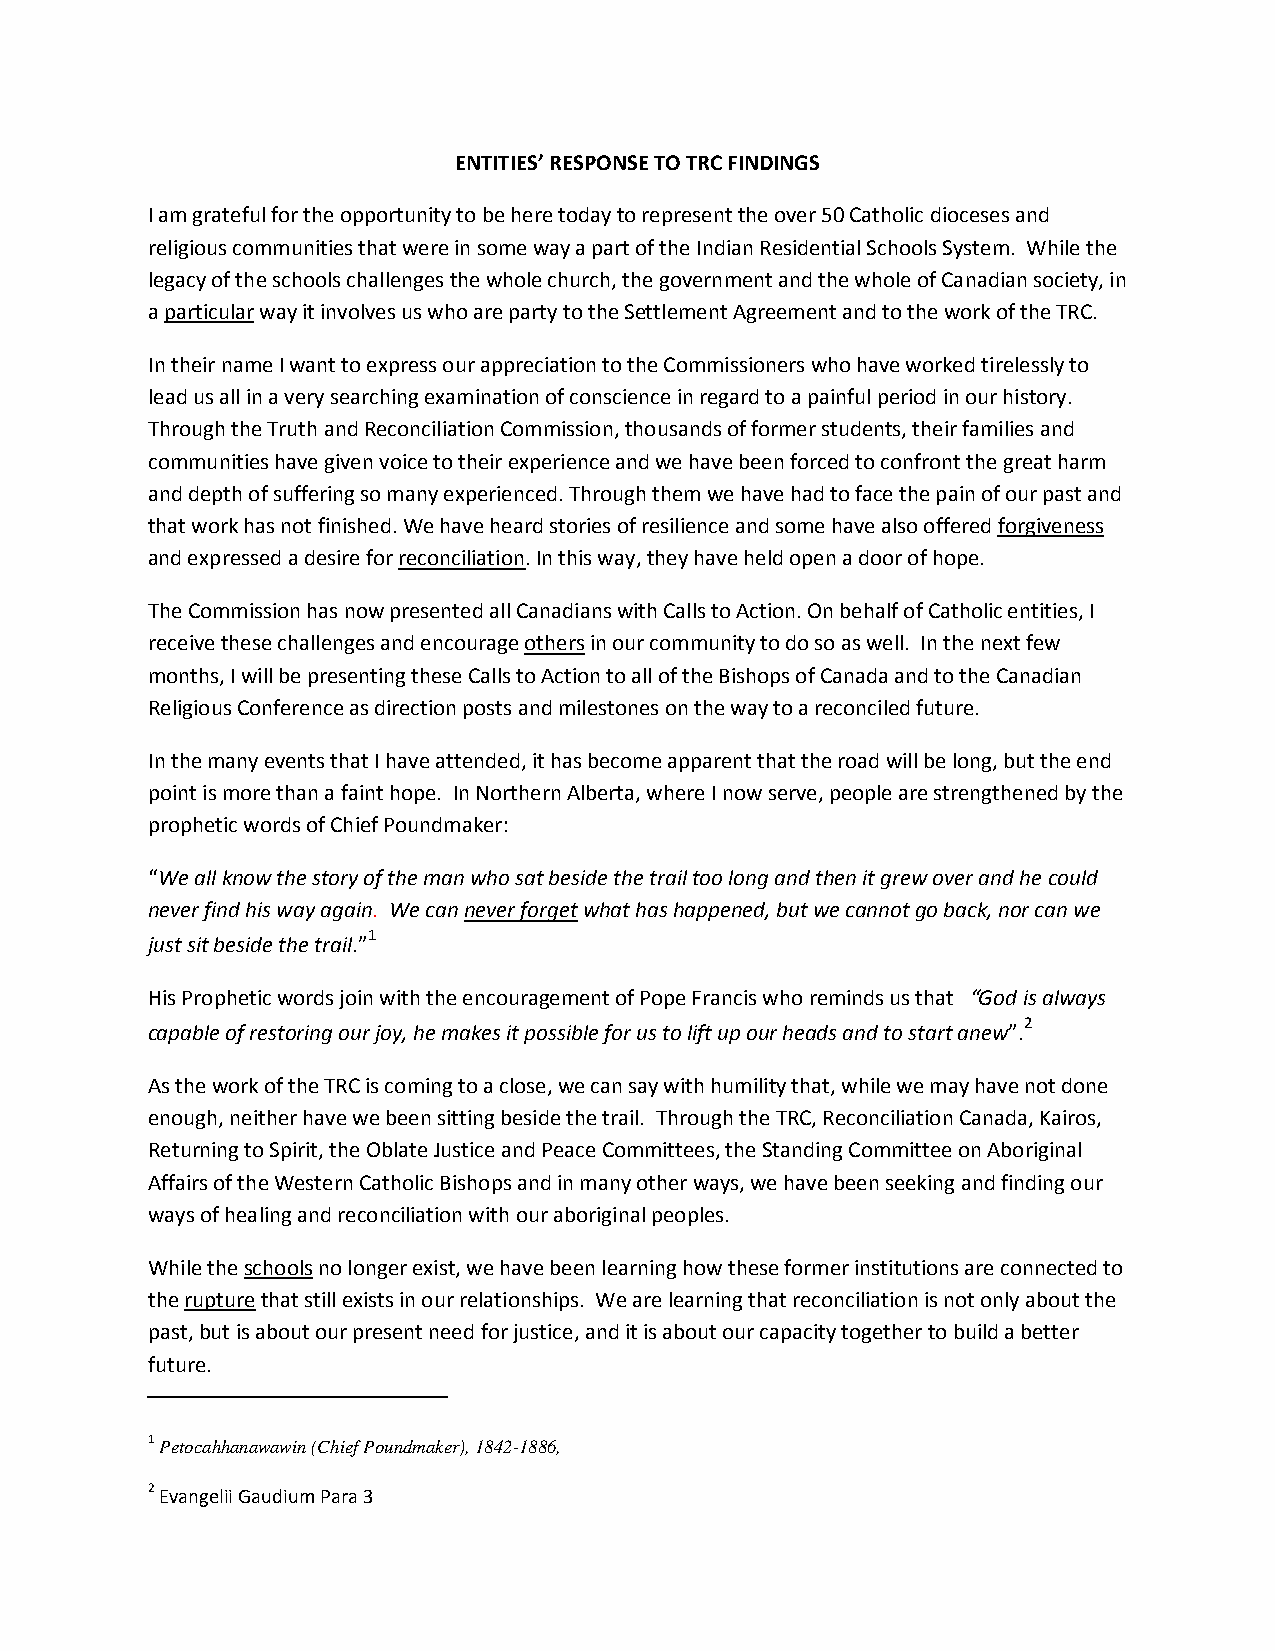
ENTITIES’ RESPONSE TO TRC FINDINGS
 I am grateful for the opportunity to be here today to represent the over 50 Catholic dioceses and
 religious communities that were in some way a part of the Indian Residential Schools System. While the
 legacy of the schools challenges the whole church, the government and the whole of Canadian society, in
 a particular way it involves us who are party to the Settlement Agreement and to the work of the TRC.
 In their name I want to express our appreciation to the Commissioners who have worked tirelessly to
 lead us all in a very searching examination of conscience in regard to a painful period in our history.
 Through the Truth and Reconciliation Commission, thousands of former students, their families and
 communities have given voice to their experience and we have been forced to confront the great harm
 and depth of suffering so many experienced. Through them we have had to face the pain of our past and
 that work has not finished. We have heard stories of resilience and some have also offered forgiveness
 and expressed a desire for reconciliation. In this way, they have held open a door of hope.
 The Commission has now presented all Canadians with Calls to Action. On behalf of Catholic entities, I
 receive these challenges and encourage others in our community to do so as well. In the next few
 months, I will be presenting these Calls to Action to all of the Bishops of Canada and to the Canadian
 Religious Conference as direction posts and milestones on the way to a reconciled future.
 In the many events that I have attended, it has become apparent that the road will be long, but the end
 point is more than a faint hope. In Northern Alberta, where I now serve, people are strengthened by the
 prophetic words of Chief Poundmaker:
 “We all know the story of the man who sat beside the trail too long and then it grew over and he could
 never find his way again. We can never forget what has happened, but we cannot go back, nor can we
 1
 just sit beside the trail.”
 His Prophetic words join with the encouragement of Pope Francis who reminds us that “God is always
 2
 capable of restoring our joy, he makes it possible for us to lift up our heads and to start anew”.
 As the work of the TRC is coming to a close, we can say with humility that, while we may have not done
 enough, neither have we been sitting beside the trail. Through the TRC, Reconciliation Canada, Kairos,
 Returning to Spirit, the Oblate Justice and Peace Committees, the Standing Committee on Aboriginal
 Affairs of the Western Catholic Bishops and in many other ways, we have been seeking and finding our
 ways of healing and reconciliation with our aboriginal peoples.
 While the schools no longer exist, we have been learning how these former institutions are connected to
 the rupture that still exists in our relationships. We are learning that reconciliation is not only about the
 past, but is about our present need for justice, and it is about our capacity together to build a better
 future.
 1 Petocahhanawawin (Chief Poundmaker), 1842-1886,
 2 Evangelii Gaudium Para 3